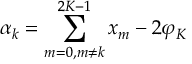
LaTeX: \alpha _ { k } = \sum _ { m = 0 , m \neq k } ^ { 2 K - 1 } x _ { m } - 2 \varphi _ { K }